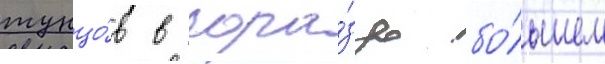
тунцо́в в гора́здо бо́льшем